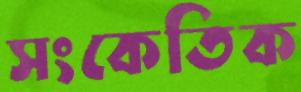
সংকেতিক